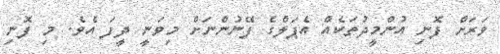
ވަރަށް ފޮނި އުންމީދުތަކެއް އެޕަލްގެ ފޭނުންނަށް މިވަނީ ދީފަ އެވެ. މި ފޮނި